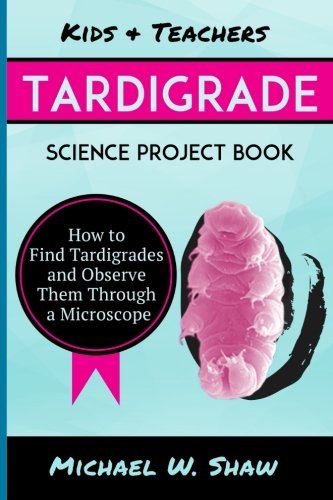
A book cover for Kids & Teachers Tardigrade Science Project Book: How To Find Tardigrades and Observe Them Through a Microscope; Michael W Shaw; Science & Math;